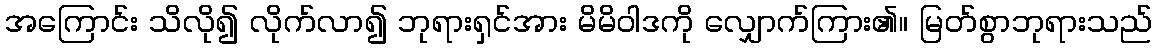
အကြောင်း သိလို၍ လိုက်လာ၍ ဘုရားရှင်အား မိမိဝါဒကို လျှောက်ကြား၏။ မြတ်စွာဘုရားသည်